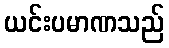
ယင်းပမာဏသည်